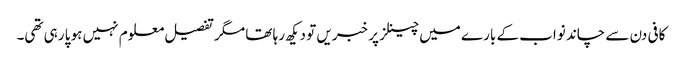
کافی دن سے چاند نواب کے بارے میں چینلز پر خبریں تو دیکھ رہا تھا مگر تفصیل معلوم نہیں ہو پا رہی تھی۔